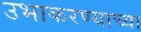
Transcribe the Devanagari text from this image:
उभाकरण्याच्या